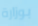
بوزارة